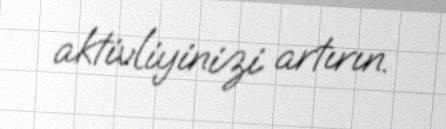
aktivliyinizi artırın.